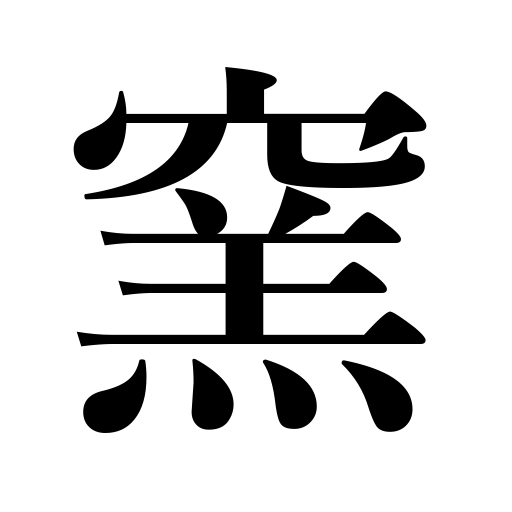
Meanings: oven,furnace,kiln,stove